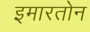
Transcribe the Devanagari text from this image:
इमारतोन